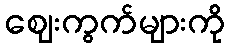
ဈေးကွက်များကို